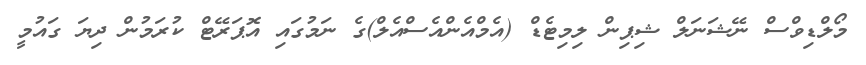
މޯލްޑިވްސް ނޭޝަނަލް ޝިޕިން ލިމިޓެޑް (އެމްއެންއެސްއެލް)ގެ ނަމުގައި އޮޕަރޭޓް ކުރަމުން ދިޔަ ގައުމީ